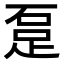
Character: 𨀂